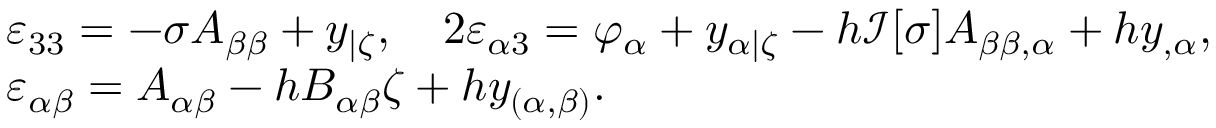
\begin{array} { r l } & { \varepsilon _ { 3 3 } = - \sigma A _ { \beta \beta } + y _ { | \zeta } , \quad 2 \varepsilon _ { \alpha 3 } = \varphi _ { \alpha } + y _ { \alpha | \zeta } - h \mathcal { I } [ \sigma ] A _ { \beta \beta , \alpha } + h y _ { , \alpha } , } \\ & { \varepsilon _ { \alpha \beta } = A _ { \alpha \beta } - h B _ { \alpha \beta } \zeta + h y _ { ( \alpha , \beta ) } . } \end{array}